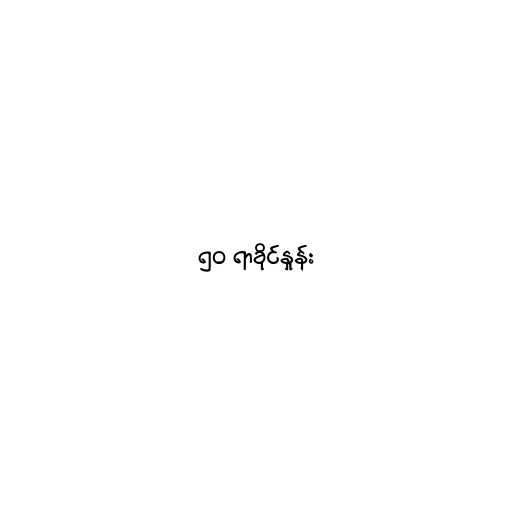
၅၀ ရာခိုင်နှုန်း